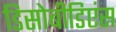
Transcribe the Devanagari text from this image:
डिसोबीडिएंस